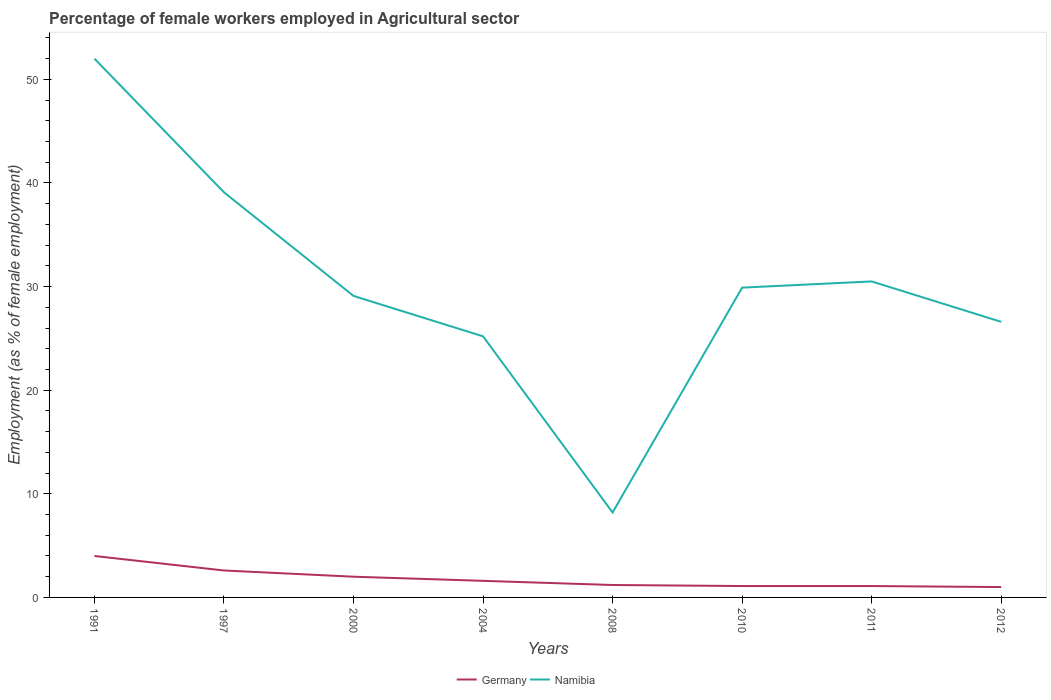
| Years | Germany | Namibia |
 | --- | --- | --- |
 | 1991 | 4 | 52 |
 | 1997 | 2.6 | 39.1 |
 | 2000 | 2 | 29.1 |
 | 2004 | 1.6 | 25.2 |
 | 2008 | 1.2 | 8.2 |
 | 2010 | 1.1 | 29.9 |
 | 2011 | 1.1 | 30.5 |
 | 2012 | 1 | 26.6 |